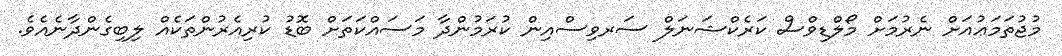
މުޖުތަމަޢުއަށް ނެރުމަށް މޯލްޑިވްސް ކަރެކްޝަނަލް ސަރވިސްއިން ކުރަމުންދާ މަސައްކަތަށް ބޮޑު ކުރިއެރުންތަކެއް ލިބިގެންދާނެއެވެ.